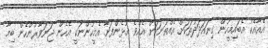
އެއާއެކު އެބައިމީހުން ގިނައަދަދުތަކަށް އެއްތަނަކަށް އެއްވެ އުޅެންފަށާ އެމީހުންނަކީ އެހެން ޖަނަވާރުންހެން ބިމާ